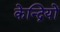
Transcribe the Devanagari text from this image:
केन्द्रियों